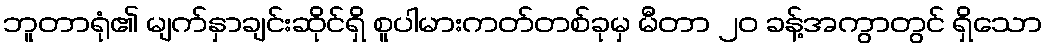
ဘူတာရုံ၏ မျက်နှာချင်းဆိုင်ရှိ စူပါမားကတ်တစ်ခုမှ မီတာ ၂၀ ခန့်အကွာတွင် ရှိသော